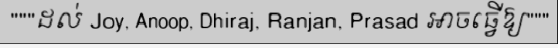
"""ដល់ Joy, Anoop, Dhiraj, Ranjan, Prasad អាចធ្វើឱ្យ"""